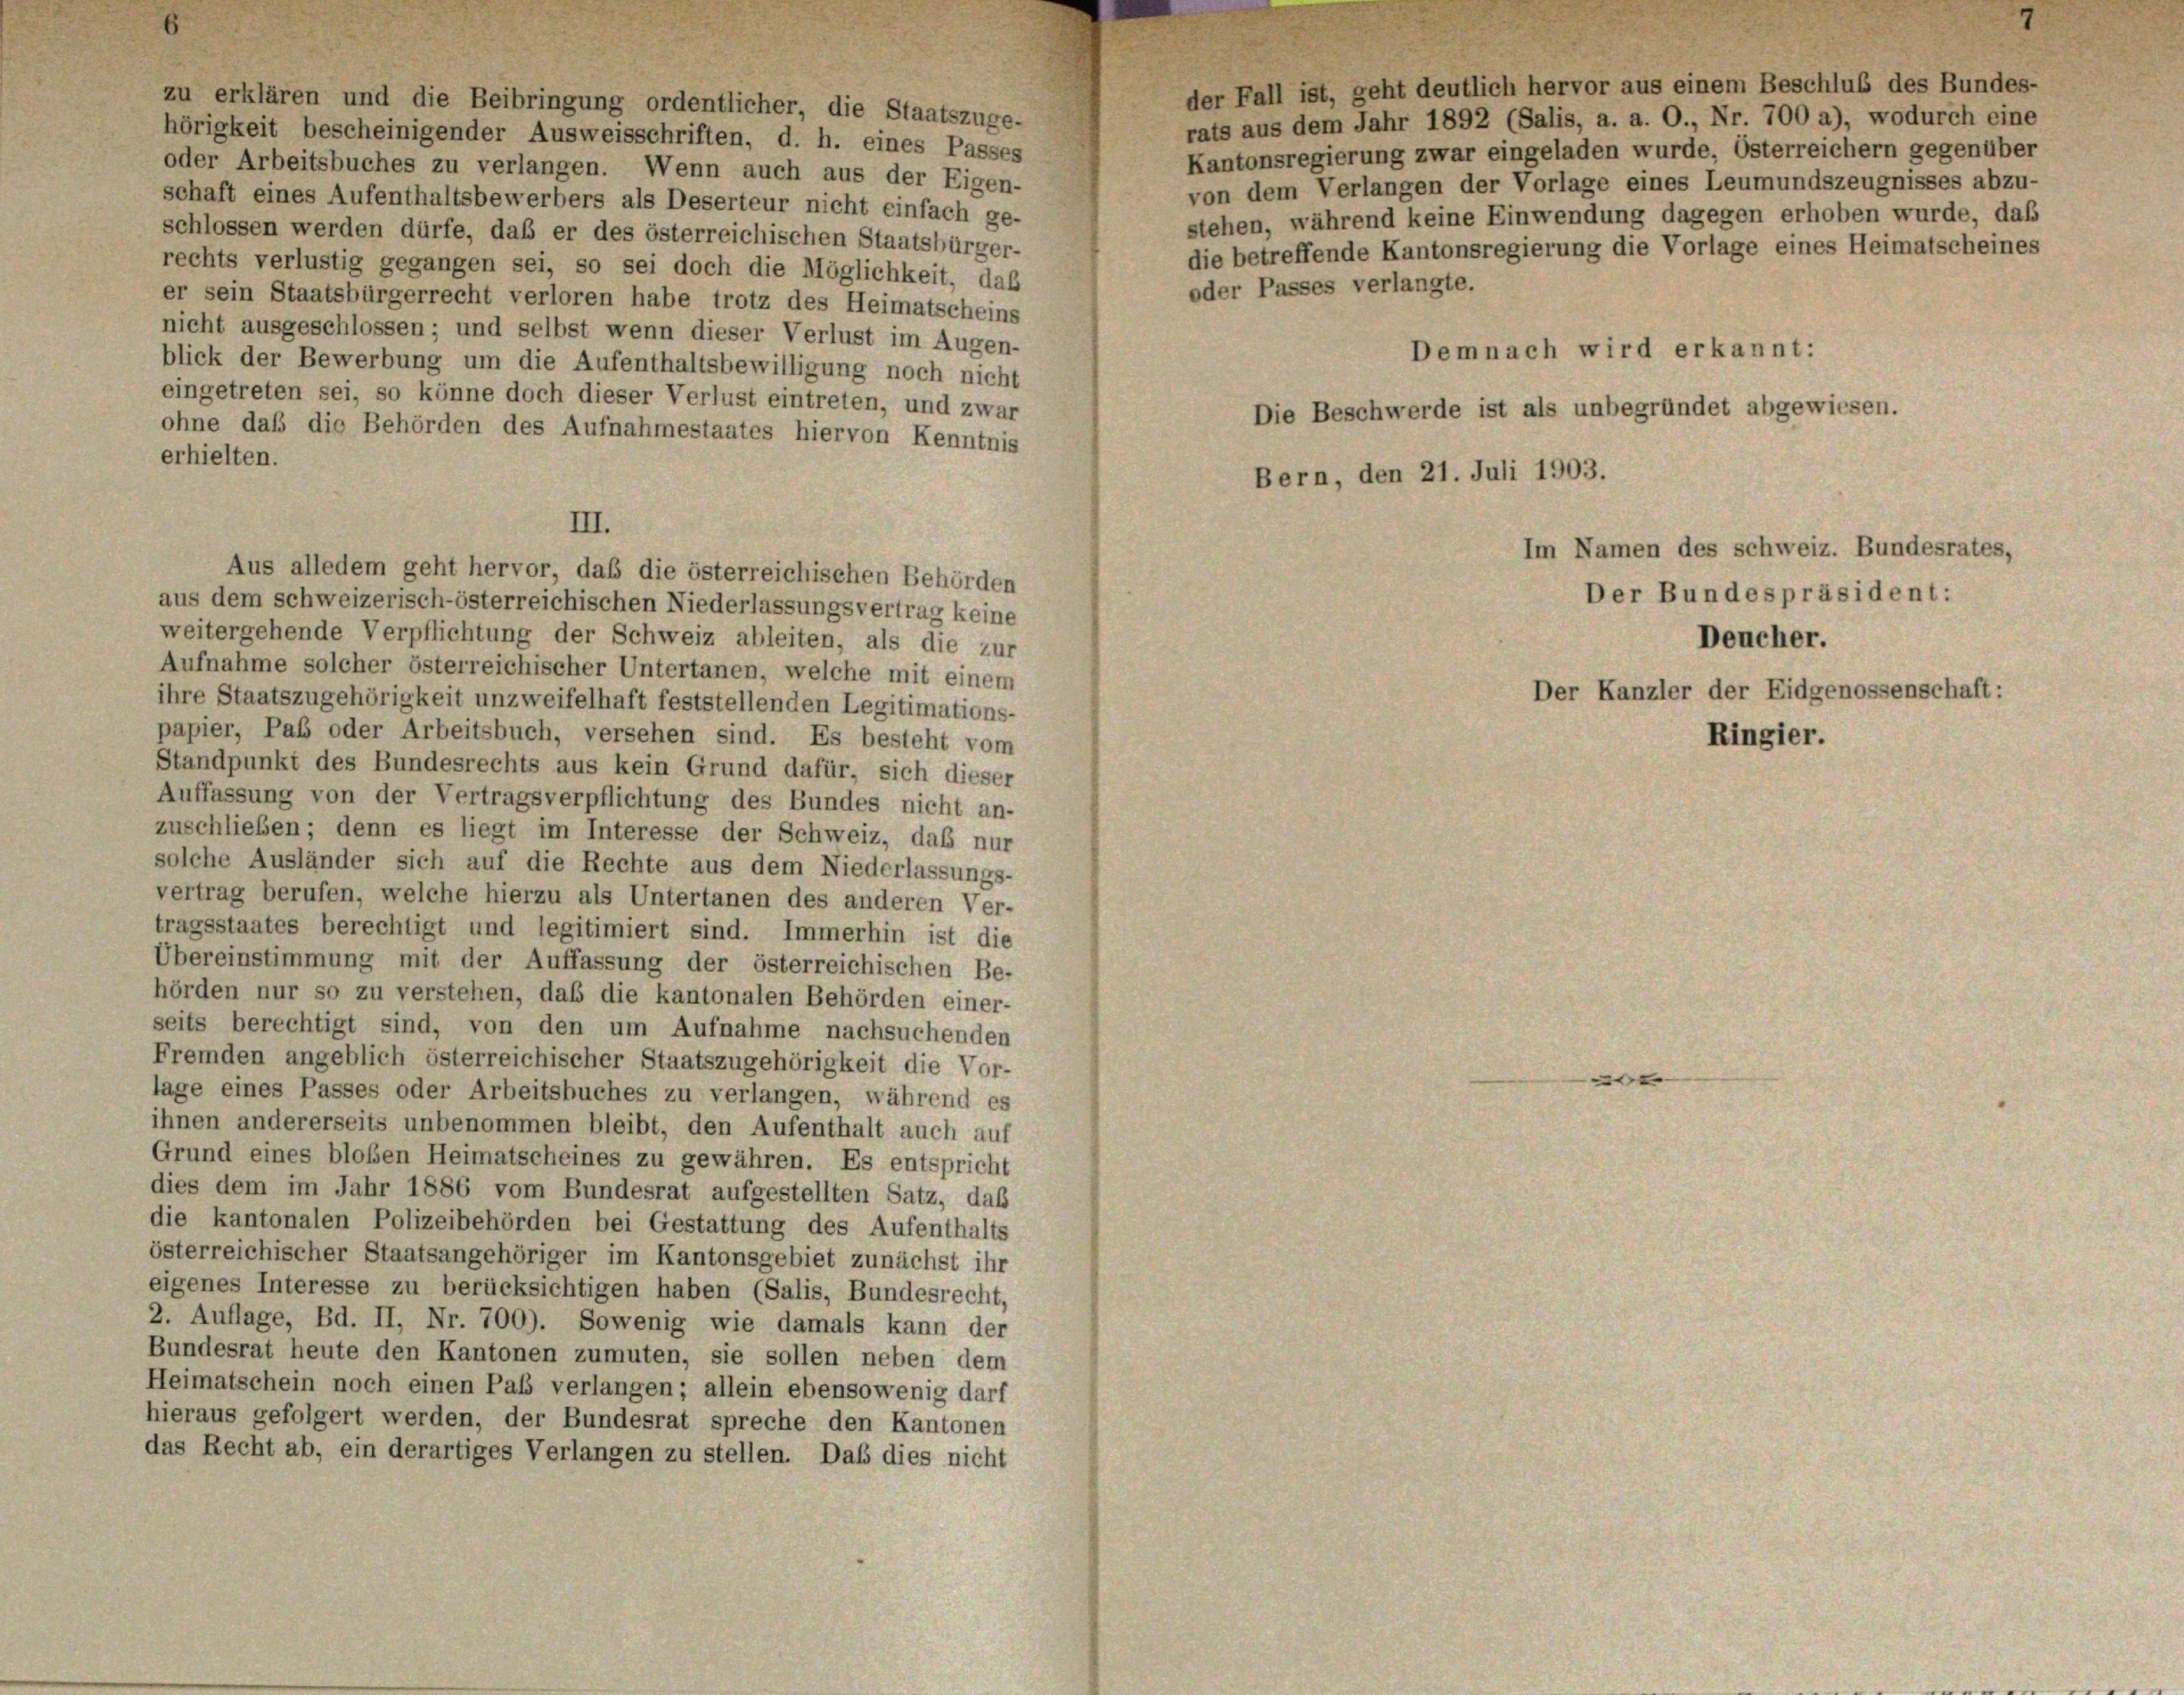
der Fall ist, geht deutlich hervor aus einem Beschluß des Bundes-
zu erklären und die Beibringung ordentlicher, die Staatszuge-
rats aus dem Jahr 1892 (Salis, a. a. O., Nr. 700 a), wodurch eine
hörigkeit bescheinigender Ausweisschriften, d. h. eines Passes
Kantonsregierung zwar eingeladen wurde, Österreichern gegenüber
oder Arbeitsbuches zu verlangen. Wenn auch aus der Eigen-
von dem Verlangen der Vorlage eines Leumundszeugnisses abzu-
schaft eines Aufenthaltsbewerbers als Deserteur nicht einfach ge-
stehen, während keine Einwendung dagegen erhoben wurde, daß
schlossen werden dürfe, daß er des österreichischen Staatsbürger-
die betreffende Kantonsregierung die Vorlage eines Heimatscheines
rechts verlustig gegangen sei, so sei doch die Möglichkeit, daß
oder Passes verlangte.
er sein Staatsbürgerrecht verloren habe trotz des Heimatscheins
nicht ausgeschlossen; und selbst wenn dieser Verlust im Augen-
blick der Bewerbung um die Aufenthaltsbewilligung noch nicht
eingetreten sei, so könne doch dieser Verlust eintreten, und zwar
ohne daß die Behörden des Aufnahmestaates hiervon Kenntnis
erhielten.
Aus alledem geht hervor, daß die österreichischen Behörden
aus dem schweizerisch-österreichischen Niederlassungsvertrag keine
weitergehende Verpflichtung der Schweiz ableiten, als die zur
Aufnahme solcher österreichischer Untertanen, welche mit einem
ihre Staatszugehörigkeit unzweifelhaft feststellenden Legitimations-
papier, Paß oder Arbeitsbuch, versehen sind. Es besteht vom
Standpunkt des Bundesrechts aus kein Grund dafür, sich dieser
Auffassung von der Vertragsverpflichtung des Bundes nicht an-
zuschließen; denn es liegt im Interesse der Schweiz, daß nur
solche Ausländer sich auf die Rechte aus dem Niederlassungs-
vertrag berufen, welche hierzu als Untertanen des anderen Ver-
tragsstaates berechtigt und legitimiert sind. Immerhin ist die
Übereinstimmung mit der Auffassung der österreichischen Be-
hörden nur so zu verstehen, daß die kantonalen Behörden einer-
seits berechtigt sind, von den um Aufnahme nachsuchenden
Fremden angeblich österreichischer Staatszugehörigkeit die Vor-
lage eines Passes oder Arbeitsbuches zu verlangen, während es
ihnen andererseits unbenommen bleibt, den Aufenthalt auch auf
Grund eines bloßen Heimatscheines zu gewähren. Es entspricht
dies dem im Jahr 1886 vom Bundesrat aufgestellten Satz, daß
die kantonalen Polizeibehörden bei Gestattung des Aufenthalts
österreichischer Staatsangehöriger im Kantonsgebiet zunächst ihr
eigenes Interesse zu berücksichtigen haben (Salis, Bundesrecht,
2. Auflage, Bd. II, Nr. 700). Sowenig wie damals kann der
Bundesrat heute den Kantonen zumuten, sie sollen neben dem
Heimatschein noch einen Paß verlangen; allein ebensowenig darf
hieraus gefolgert werden, der Bundesrat spreche den Kantonen
das Recht ab, ein derartiges Verlangen zu stellen. Daß dies nicht

III.

Demnach wird erkannt:
Die Beschwerde ist als unbegründet abgewiesen.
Bern, den 21. Juli 1903.
Im Namen des schweiz. Bundesrates,
Der Bundespräsident:
Deucher.
Der Kanzler der Eidgenossenschaft:
Ringier.